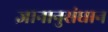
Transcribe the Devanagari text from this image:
ज्ञानानुसंधान